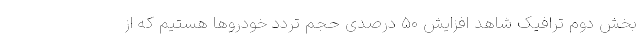
بخش دوم ترافیک شاهد افزایش ۵۰ درصدی حجم تردد خودروها هستیم که از